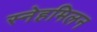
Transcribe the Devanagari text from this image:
स्नेहमिलन